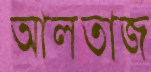
আলতাজ